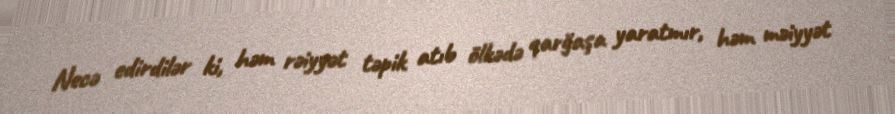
Necə edirdilər ki, həm rəiyyət təpik atıb ölkədə qarğaşa yaratmır, həm məiyyət